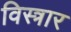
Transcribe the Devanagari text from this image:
विस्त्रार